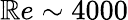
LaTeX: \mathbb{R}e\sim4000